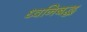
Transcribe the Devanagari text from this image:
ध्वनिबद्ध